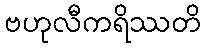
ဗဟုလီကရိဿတိ